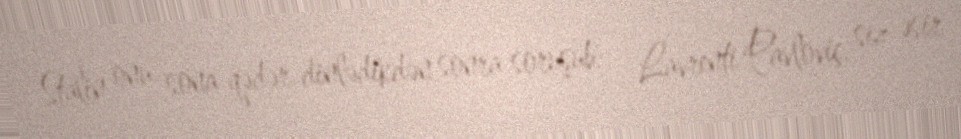
Stalin onu sona qədər dinlədikdən sonra soruşub: - Lavrenti Pavloviç, siz əsir